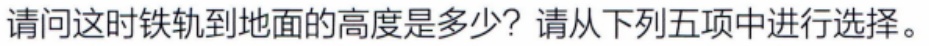
请问这时铁轨到地面的高度是多少？请从下列五项中进行选择。